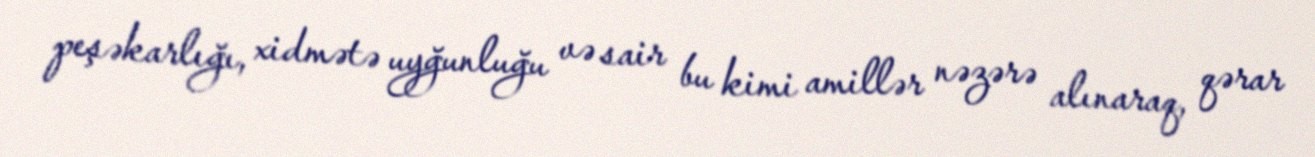
peşəkarlığı, xidmətə uyğunluğu və sair bu kimi amillər nəzərə alınaraq, qərar